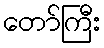
တော်ကြီး